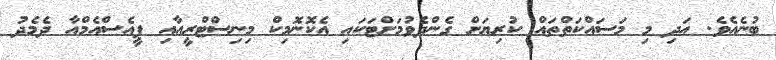
ބުނެއެވެ. އަދި މި މަސައްކަތްތައް ކުރިޔަށް ގެންދެވުމަށްޓަކައި އެކޮނޮމިކް މިނިސްޓްރީއާއި ޕީއެސްއެމްއާ ދެމެދު